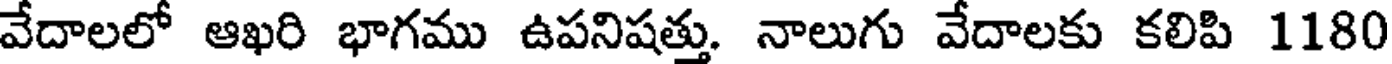
వేదాలలో ఆఖరి భాగము ఉపనిషత్తు. నాలుగు వేదాలకు కలిపి 1180